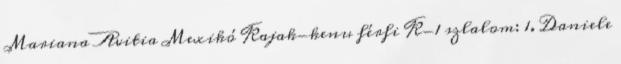
Mariana Avitia Mexikó Kajak-kenu férfi K-1 szlalom: 1. Daniele